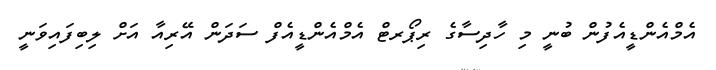
އެމްއެންޑީއެފުން ބުނީ މި ހާދިސާގެ ރިޕޯރޓް އެމްއެންޑީއެފް ސަދަން އޭރިއާ އަށް ލިބިފައިވަނީ